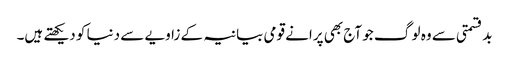
بدقسمتی سے وہ لو گ جو آج بھی پرانے قومی بیانیہ کے زاویے سے دنیا کو دیکھتے ہیں۔